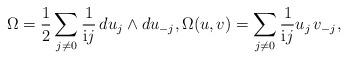
LaTeX: \begin{align*}\Omega=\frac{1}{2}\sum_{j\neq 0} \frac{1}{\mathrm{i} j}\,d u_j\wedge d u_{-j}, \Omega(u, v)=\sum_{j\neq 0} \frac{1}{\mathrm{i} j}u_j\,v_{-j},\end{align*}